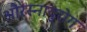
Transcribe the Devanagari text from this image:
औरस्नायुरोग